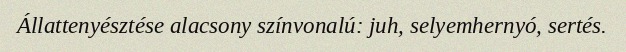
Állattenyésztése alacsony színvonalú: juh, selyemhernyó, sertés.